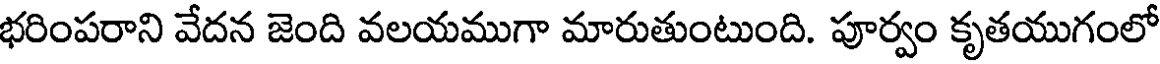
భరింపరాని వేదన జెంది వలయముగా మారుతుంటుంది. పూర్వం కృతయుగంలో